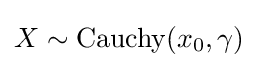
X\sim \mathrm {Cauchy} (x_{0},\gamma )